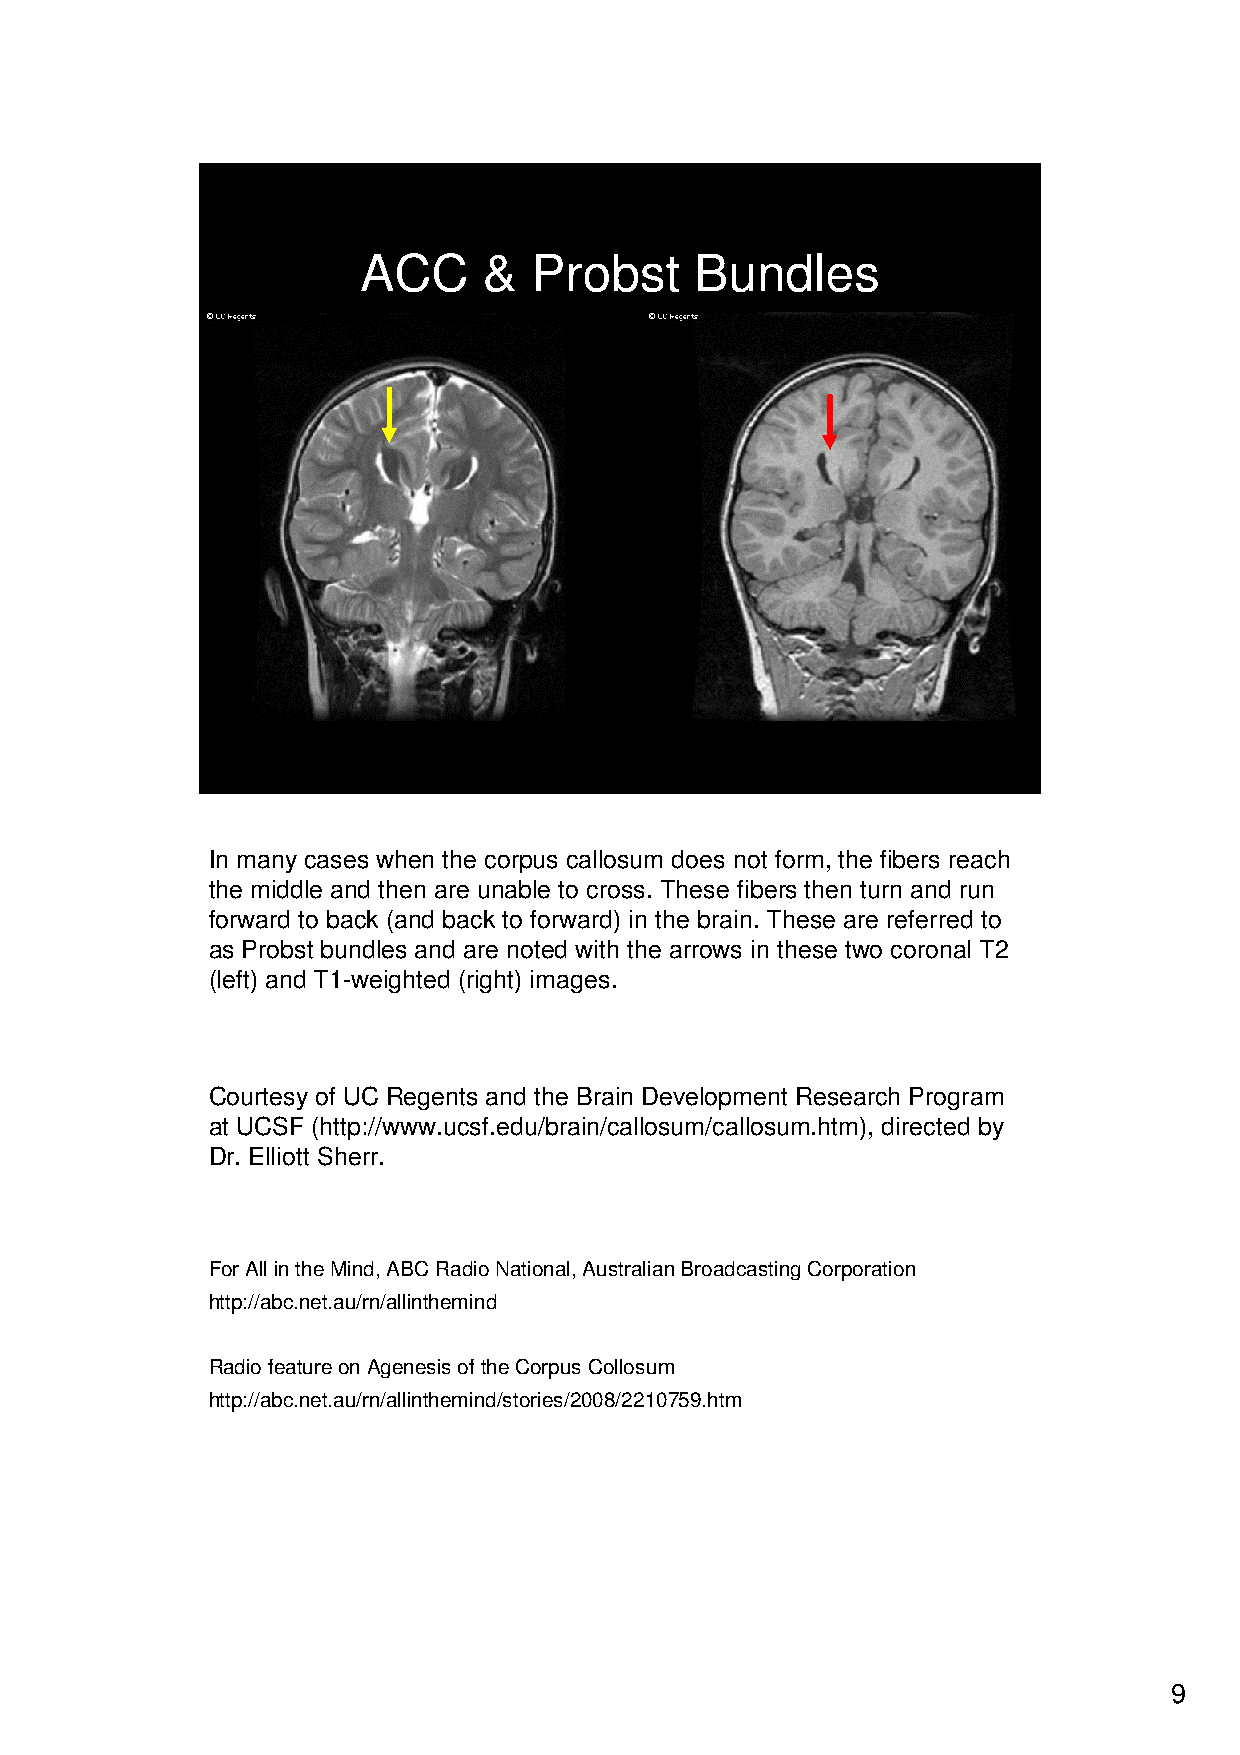
ACC     &  Probst     Bundles
 MRN34609586                  MRN34609586
 In many cases when the corpus callosum does not form, the fibers reach
 the middle and then are unable to cross. These fibers then turn and run
 forward to back (and back to forward) in the brain. These are referred to
 as Probst bundles and are noted with the arrows in these two coronal T2
 (left) and T1-weighted (right) images.
 Courtesy of UC Regents and the Brain Development Research Program
 at UCSF (http://www.ucsf.edu/brain/callosum/callosum.htm), directed by
 Dr. Elliott Sherr.
 For All in the Mind, ABC Radio National, Australian BroadcastingCorporation
 http://abc.net.au/rn/allinthemind
 Radio feature on Agenesis of the Corpus Collosum
 http://abc.net.au/rn/allinthemind/stories/2008/2210759.htm
 9